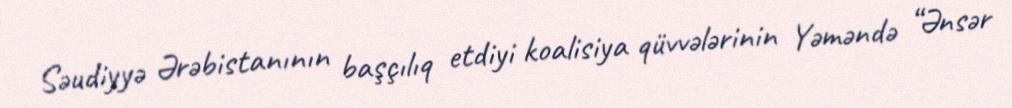
Səudiyyə Ərəbistanının başçılıq etdiyi koalisiya qüvvələrinin Yəməndə “Ənsər